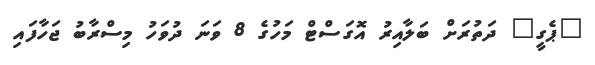
"ޕެގީ" ދަތުރަށް ބަލާއިރު އޮގަސްޓް މަހުގެ 8 ވަނަ ދުވަހު މިސްރާބު ޖަހާފައި